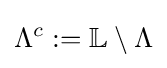
\Lambda ^{c}:=\mathbb {L} \setminus \Lambda